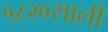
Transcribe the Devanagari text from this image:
१८२०साली